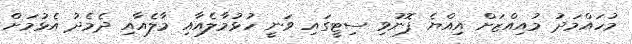
މުހައްމަދު މުއިއްޒަށް އިއްޔެ ފޮނުވި ސިޓީގައި ވަނީ ހުޅުމާލެއާއި މާލެއާއި ދެމެދު އެޅުމަށް